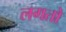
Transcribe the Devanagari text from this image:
लगतो